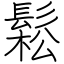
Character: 鬆